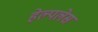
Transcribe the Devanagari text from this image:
हेल्पलेस